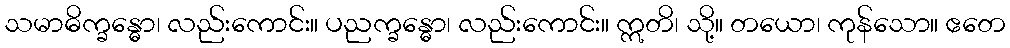
သမာဓိက္ခန္ဓော၊ လည်းကောင်း။ ပညက္ခန္ဓော၊ လည်းကောင်း။ ဣတိ၊ သို့။ တယော၊ ကုန်သော။ ဧတေ